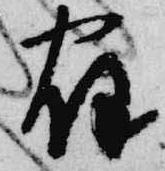
宿